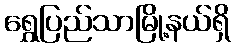
ရွှေပြည်သာမြို့နယ်ရှိ